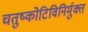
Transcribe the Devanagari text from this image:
चतुष्कोटिविनिर्मुक्त